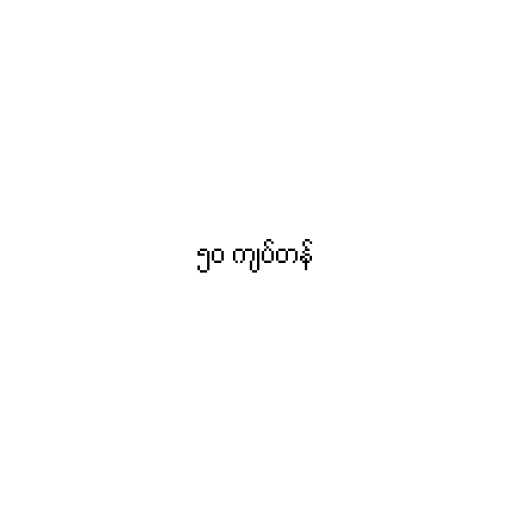
၅၀ ကျပ်တန်